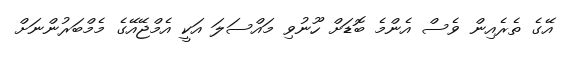
އޭގެ ތެރެއިން ވެސް އެންމެ ބޮޑަށް ހޫނުވި މައްސަލަ އަކީ އެމްޖޭއޭގެ މެމްބަރުންނަށް